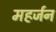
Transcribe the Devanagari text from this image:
महर्जन